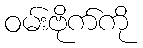
ဝမ်းဗိုက်ကို